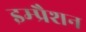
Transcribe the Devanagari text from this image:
इम्प्रैशन